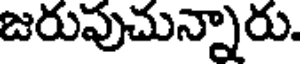
జరువుచున్నారు.